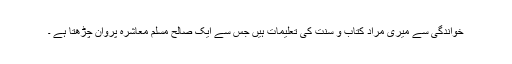
خواندگی سے میری مراد کتاب و سنت کی تعلیمات ہیں جس سے ایک صالح مسلم معاشرہ پروان چڑھتا ہے ۔